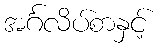
အင်္ဂလိပ်စာနှင့်